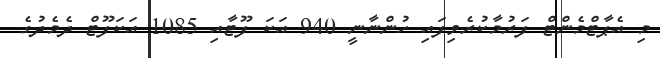
މި އެޕާޓްމެންޓް ފަރުމާކުރެވިފައި ހުންނާނީ 940 އަކަ ފޫޓާއި 1085 އަކަފޫޓް ދެމެދުގެ